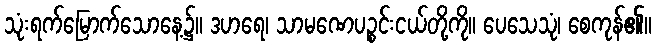
သုံးရက်မြောက်သောနေ့၌။ ဒဟရေ၊ သာမဏေပဉ္စင်းငယ်တို့ကို။ ပေသေသုံ၊ စေကုန်၏။